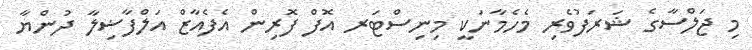
މި ޖަލްސާގެ ޝަރަފުވެރި މެހެމާނަކީ މިނިސްޓަރ އޮފް ފޮރިން އެފެއާޒް އަލްފާޟިލާ ދުންޔާ